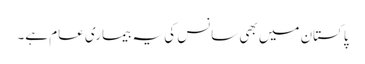
پاکستان میں بھی سانس کی یہ بیماری عام ہے۔